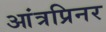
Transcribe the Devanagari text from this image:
आंत्रप्रिनर